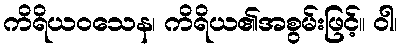
ကိရိယဝသေန၊ ကိရိယ၏အစွမ်းဖြင့်။ ဝါ၊